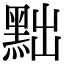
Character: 黜